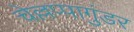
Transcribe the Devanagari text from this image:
चेल्लप्पागुंडर